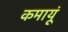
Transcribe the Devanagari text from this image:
कमायूं